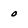
Character: 0